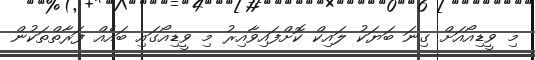
މި ވީޑިއޯއަށް ގިނަ ބަޔަކު ލައިކް ކޮށްފައިވާއިރު މި ވީޑިއޯގައި ބައެއް ފަރާތްތަކުން